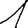
Digit: 1